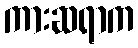
ကားဆရာက